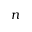
n